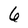
Character: 6